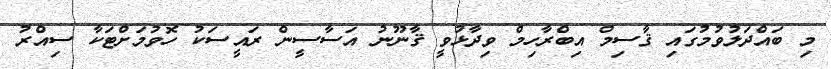
މި ބައްދަލުވުމުގައި ޤާސިމް އިބްރާހިމް ވިދާޅުވީ ޤާނޫނު އަސާސީން ރައީސަކު ހޮވުމަށްޓަކާ ސިއްރު